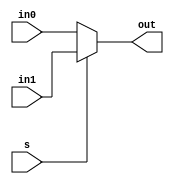
`timescale 1ns / 1ps

module MUX#(parameter l = 1)(
    in0,
    in1,
    s,
    out
);
    input [l - 1:0]in0, in1;
    input s;
    output [l - 1:0]out;
    
    
    assign out = s ? in1 : in0;
endmodule